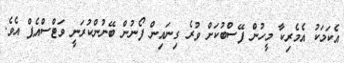
އެކަމަކު އެމެރިކާ މީހުން ފޭސްބުކަށް ވުރެ ގިނައިން ފޯނުން ބޭނުންކުރަނީ ވަޓްސްއެޕް އެވެ.